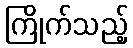
ကြိုက်သည့်